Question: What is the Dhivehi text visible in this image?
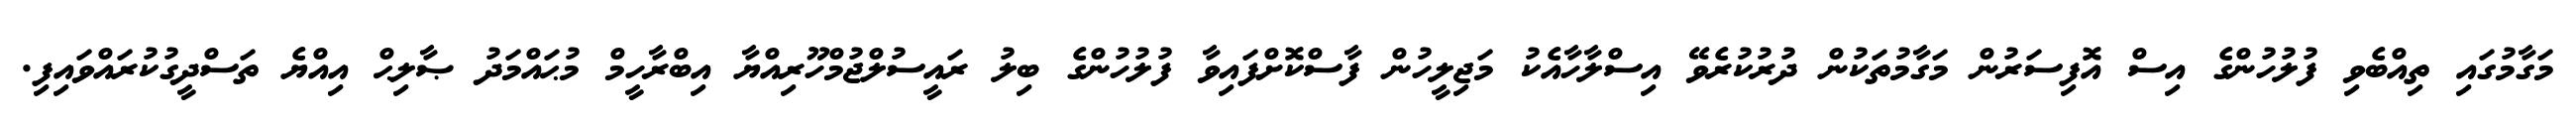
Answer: މަގާމުގައި ތިއްބެވި ފުލުހުންގެ އިސް އޮފިސަރުން މަގާމުތަކުން ދުރުކުރެވޭ އިސްލާހާއެކު މަޖިލީހުން ފާސްކޮށްފައިވާ ފުލުހުންގެ ބިލު ރައީސުލްޖުމްހޫރިއްޔާ އިބްރާހީމް މުޙައްމަދު ޞާލިޙް އިއްޔެ ތަސްދީގުކުރައްވައިފި.